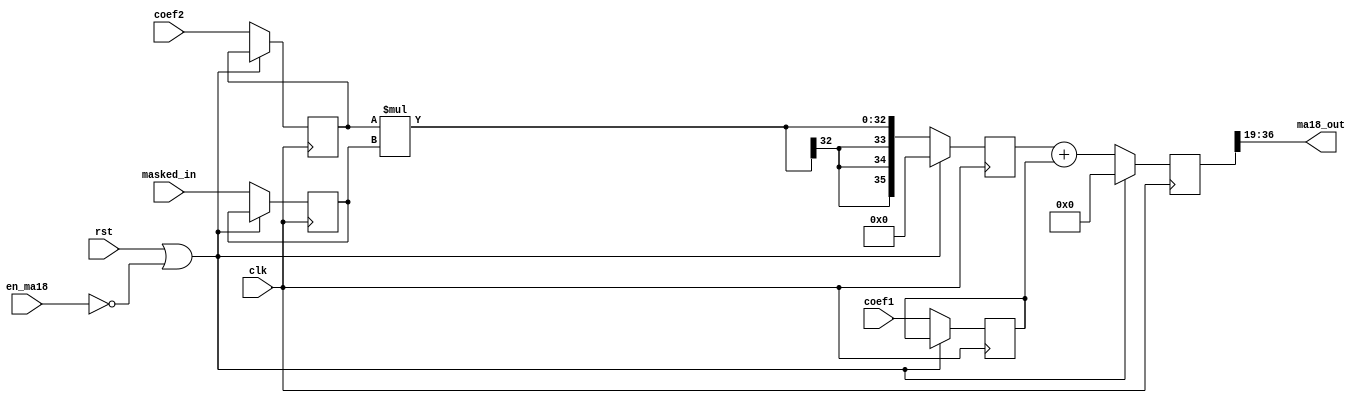
`timescale 1ns / 1ps
module Mul18_Add18( clk,rst,	// I: Global IO (clock, reset) 
					en_ma18,    // I: Module Enable signal
					coef1,      // I: [17:0] Coefficient 1
					coef2,      // O: [17:0] Coefficient 2
					masked_in,  // O: [14:0] Masked Data
					ma18_out    // O: [17:0] Output to Multiplier 1
    );

input clk,rst;	// I: Global IO (clock, reset) 
input en_ma18;   // I: Module Enable signal	
input [17:0] coef1;      // I: [17:0] Coefficient 1	
input [17:0] coef2;      // I: [17:0] Coefficient 2	
input [14:0] masked_in;  // I: [14:0] Masked Data
output signed [17:0] ma18_out;       // O: [17:0] Output to Multiplier 1

reg signed [14:0] mask_signed;
reg signed [35:0] m0_temp;
reg signed [36:0] ma18_signed;
reg signed [17:0] c1_signed, c2_signed;

always@(posedge clk)
	if(rst | ~en_ma18)
		begin 
			ma18_signed<=37'd0;
			m0_temp<=36'd0;
		end
	else
		begin
			mask_signed<=masked_in;
			c1_signed<=coef1;
			c2_signed<=coef2;
			m0_temp<=c2_signed * mask_signed;
			ma18_signed<=m0_temp+c1_signed;
		end

// Truncation 
assign ma18_out = ma18_signed[36:19];

endmodule